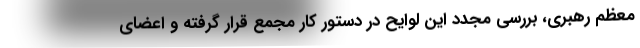
معظم رهبری، بررسی مجدد این لوایح در دستور کار مجمع قرار گرفته و اعضای